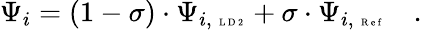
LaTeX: \Psi_{i}=(1-\sigma)\cdot\Psi_{i,\mathrm{~\tiny~L~D~2~}}+\sigma\cdot\Psi_{i,\mathrm{~\tiny~R~e~f~}}\quad.